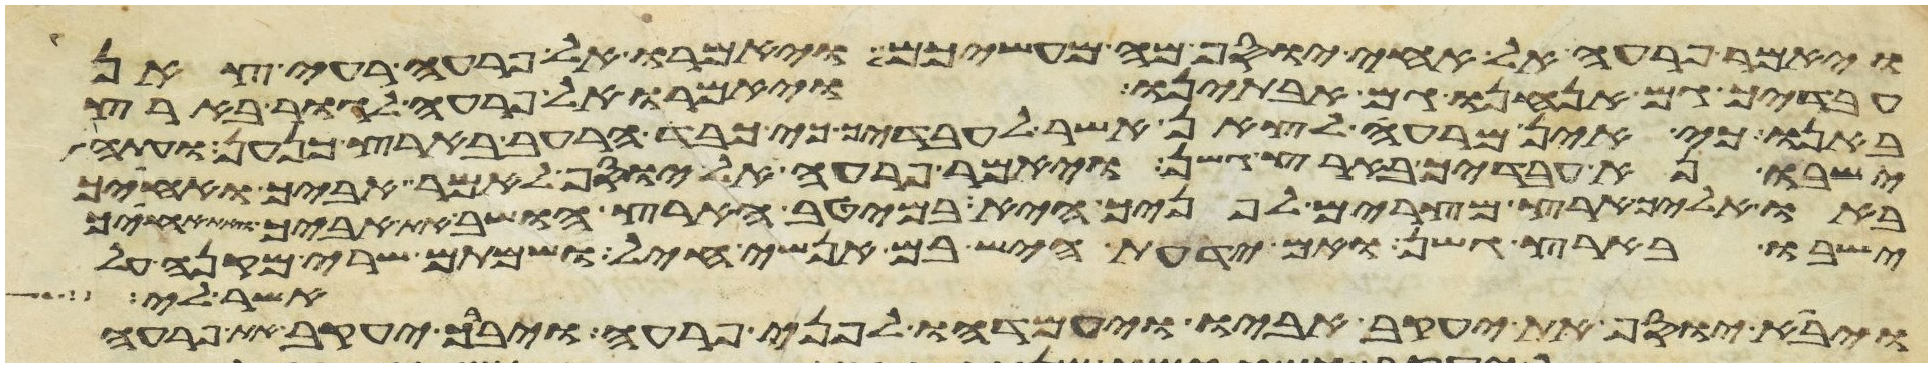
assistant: ויאמר פרעה אל אחי יוסף מה מעשיכם ויאמרו אל פרעה רעי צאן
עבדיך גם אנחנו גם אבתינו ויאמרו אל פרעה לגור בארץ
באנו כי אין מרעה לצאן אשר לעבדיך כי כבד הרעב בארץ כנען ועתה
ישבו נא עבדיך בארץ גשן ויאמר פרעה אל יוסף לאמר אביך ואחיך
באו אליך ארץ מצרים לפניך היא במיטב הארץ הושב את אביך ואת אחיך
ישבו בארץ גשן ואם ידעת היש בם אנשי חיל ושמתם שרי מקנה על
אשר לי
ויבא יוסף את יעקב אביו ויעמדהו לפני פרעה ויברך יעקב את פרעה